Vaccination in Bombay 1902-1912 - 1902-1912
Year: 1902
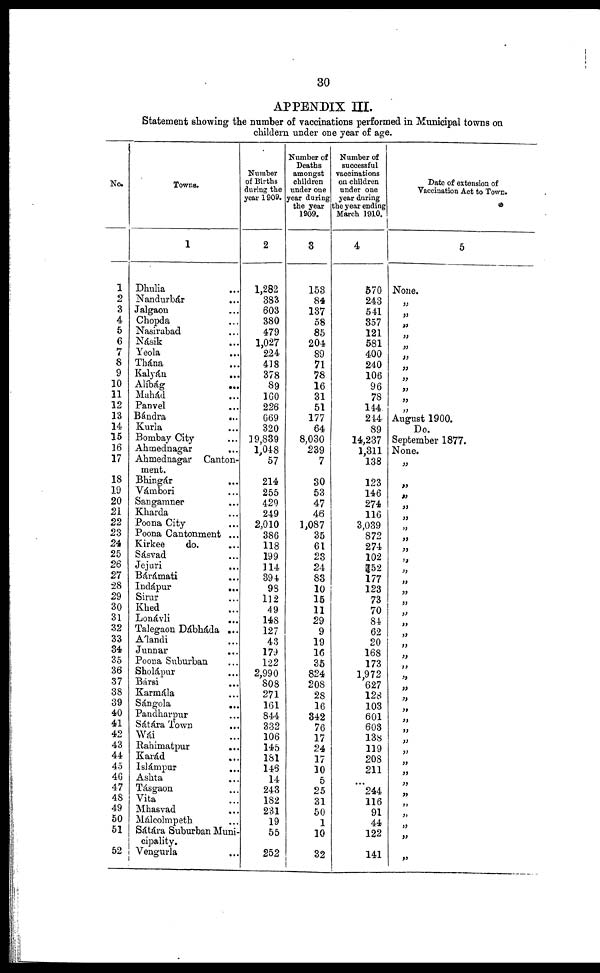
30
APPENDIX III.
Statement showing the number of vaccinations performed in Municipal towns on
childern under one year of age.
No.
1
2
3
4
5
6
7
8
9
10
11
12
13
14
15
16
17
18
19
20
21
22
23
24
25
26
27
28
29
30
31
32
33
34
35
36
37
38
39
40
41
42
43
44
45
46
47
48
49
50
51
52
Towns.
1
Dhulia ...
Nandurbár ...
Jalgaon ...
Chopda ...
Nasirabad ...
Násik ...
Yeola ...
Thána ...
Kalyán
...
Alíbág
...
Mahád ...
Panvel ...
Bándra
...
Kurla ...
Bombay City ...
Ahmednagar
...
Ahmednagar Canton-
ment.
Bhingár ...
Vámbori ...
Sangamner ...
Kharda ...
Poona City ...
Poona Cantonment ...
Kirkee
do. ...
Sásvad ...
Jejuri ...
Bárámati ...
Indápur
...
Sirur ...
Khed ...
Lonávli ...
Talegaon Dábháda ...
Álandi ...
Junnar
...
Poona Suburban ...
Sholápur ...
Bársi
...
Karmála ...
Sángola
...
Pandharpur ...
Sátára Town ...
Wái ...
Rahimatpur ...
Karád ...
Islámpur ...
Ashta ...
Tásgaon ...
Vita ...
Mhasvad ...
Málcolmpeth ...
Sátára Suburban Muni¬
cipality.
Vengurla ...
Number
of Births
during the
year 1909.
2
1,282
383
603
380
479
1,027
224
418
378
89
160
226
669
320
19,839
1,048
57
214
255
429
249
2,010
386
118
199
114
394
98
112
49
148
127
43
179
122
2,990
808
271
161
844
332
106
145
181
146
14
243
182
231
19
55
252
Number of
Deaths
amongst
children
under one
year during
the year
1909.
3
153
84
137
58
85
204
89
71
78
16
31
51
177
64
8,030
239
7
30
53
47
46
1,087
35
61
23
24
83
10
15
11
29
9
19
16
35
824
208
28
16
342
76
17
24
17
10
5
25
31
50
1
10
32
Number of
successful
vaccinations
on children
under one
year daring
the year ending
March 1910.
4
570
243
541
357
121
581
400
240
106
96
78
144
244
89
14,237
1,311
138
123
146
274
116
3,039
872
274
102
152
177
123
73
70
84
62
20
168
173
1,972
627
128
103
601
603
138
119
208
211
...
244
116
91
44
122
141
Date of extension of
Vaccination Act to Town.
5
None.
„
„
„
„
„
„
„
„
„
„
„
August 1900.
Do.
September 1877.
None.
„
„
„
„
„ „
„
„
„
„
„
„
„
„
„
„
„
„
„
„
„
„
„
„
„
„
„
„
„
„
„
„
„
„
„
„